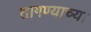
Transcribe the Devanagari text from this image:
तागण्याच्या